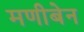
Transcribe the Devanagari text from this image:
मणीबेन